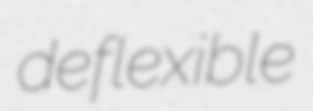
deflexible